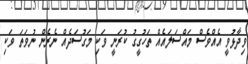
ވިދާޅުވީ އެއްވެސް މައްސަލައެއް ތަހުގީގު ކުރަނީ ވަކި މަގުސަދެއް ނެރެން ނުވަތަ ވަކި